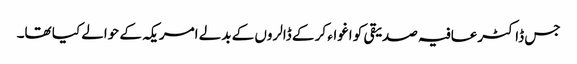
جس ڈاکٹرعافیہ صدیقی کو اغواء کر کے ڈالروں کے بدلے امریکہ کے حوالے کیا تھا۔